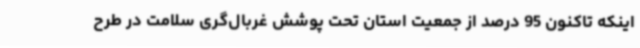
اینکه تاکنون 95 درصد از جمعیت استان تحت پوشش غربال‌گری سلامت در طرح